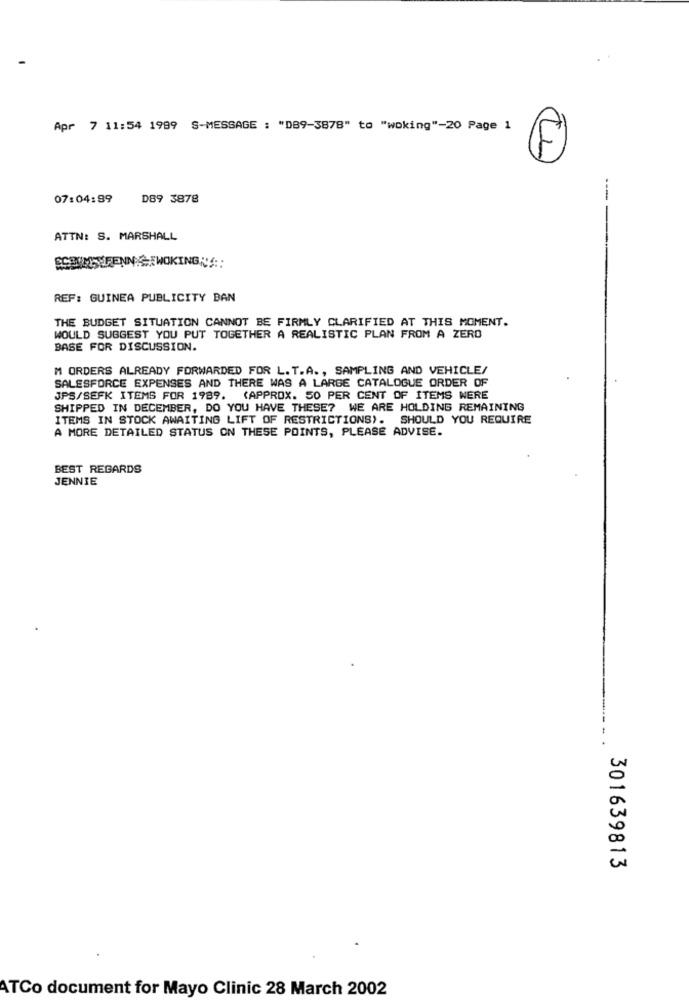
Apr 7 11:54 1999 S-MESSAGE : "089-3878" to "woking"-20 Page 1
07:04:99
D89 3878
---
ATTN: S. MARSHALL
SCHUMISURENN EWOKINGNA ::
REF: GUINEA PUBLICITY BAN
THE BUDGET SITUATION CANNOT BE FIRMLY CLARIFIED AT THIS MOMENT.
WOULD SUGGEST YOU PUT TOGETHER A REALISTIC PLAN FROM A ZERO
BASE FOR DISCUSSION.
M ORDERS ALREADY FORWARDED FOR L.T.A ., SAMPLING AND VEHICLE/
SALESFORCE EXPENSES AND THERE WAS A LARGE CATALOGUE ORDER OF
JPS/SEFK ITEMS FOR 1989. (APPROX. 50 PER CENT OF ITEMS WERE
SHIPPED IN DECEMBER, DO YOU HAVE THESE? WE ARE HOLDING REMAINING
ITEMS IN STOCK AWAITING LIFT OF RESTRICTIONS). SHOULD YOU REQUIRE
A MORE DETAILED STATUS ON THESE POINTS, PLEASE ADVISE.
BEST REGARDS
JENNIE
301639813
ATCo document for Mayo Clinic 28 March 2002